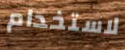
لاستخدام